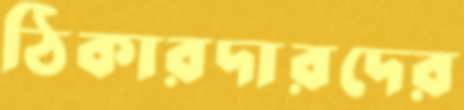
ঠিকারদারদের